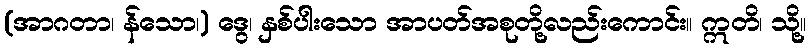
(အာဂတာ၊ န်သော၊) ဒွေ၊ နှစ်ပါးသော အာပတ်အစုတို့လည်းကောင်း။ ဣတိ၊ သို့။